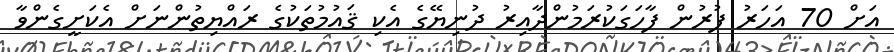
އަށް 70 އަހަރު ފުރުން ފާހަގަކުރަމުންދާއިރު ދުނިޔޭގެ އެކި ޤައުމުތަކުގެ ރައްޔިތުންނަށް އެކަށީގެންވާ